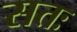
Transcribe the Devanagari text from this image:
सतः